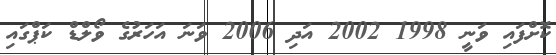
ކޮށްފައި ވަނީ 1998 2002 އަދި 2006 ވަނަ އަހަރުގެ ވޯލްޑް ކަޕްގައި